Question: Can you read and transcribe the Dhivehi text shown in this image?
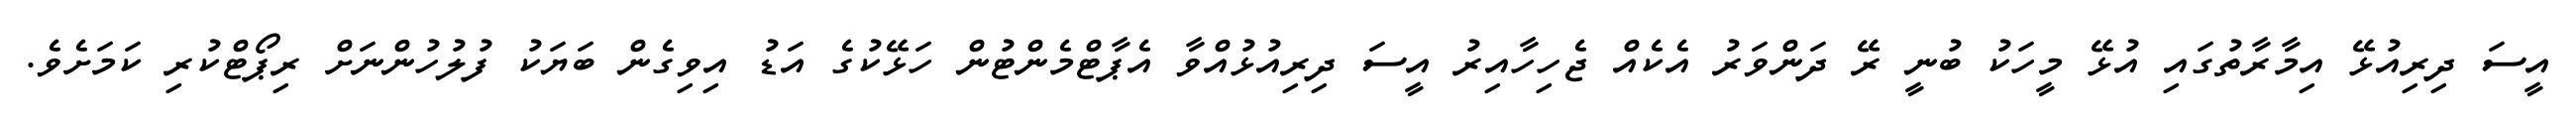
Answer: އީސަ ދިރިއުޅޭ އިމާރާތުގައި އުޅޭ މީހަކު ބުނީ ރޭ ދަންވަރު އެކެއް ޖެހިހާއިރު އީސަ ދިރިއުޅުއްވާ އެޕާޓްމެންޓުން ހަޅޭކުގެ އަޑު އިވިގެން ބަޔަކު ފުލުހުންނަށް ރިޕޯޓްކުރި ކަމަށެވެ.